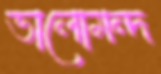
ভালোমন্দ